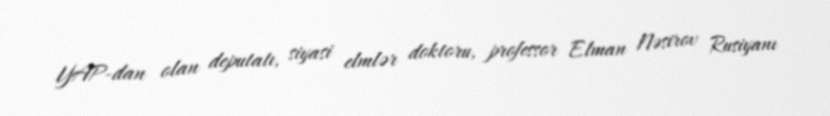
YAP-dan olan deputatı, siyasi elmlər doktoru, professor Elman Nəsirov Rusiyanı